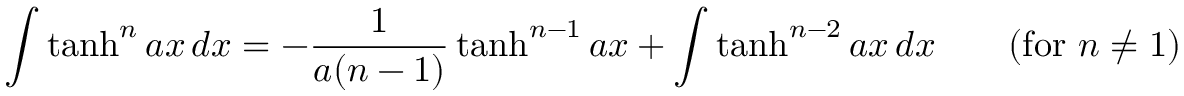
\int \operatorname { t a n h } ^ { n } a x \, d x = - { \frac { 1 } { a ( n - 1 ) } } \operatorname { t a n h } ^ { n - 1 } a x + \int \operatorname { t a n h } ^ { n - 2 } a x \, d x \qquad { \mathrm { ( f o r ~ } } n \neq 1 { \mathrm { ) } }